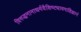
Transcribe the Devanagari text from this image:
विरुद्धनानाधर्मवैशिष्ट्यावगाहिज्ञानं